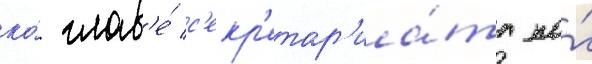
ко́ глав'е́ с'екр'етар'иа́та по́